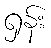
ရှန်း